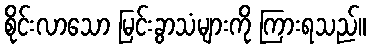
စိုင်းလာသော မြင်းခွာသံများကို ကြားရသည်။